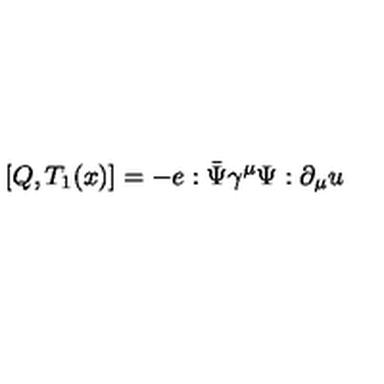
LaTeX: [ Q , T _ { 1 } ( x ) ] = - e : \bar { \Psi } \gamma ^ { \mu } \Psi : \partial _ { \mu } u